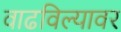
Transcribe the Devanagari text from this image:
वाढविल्यावर